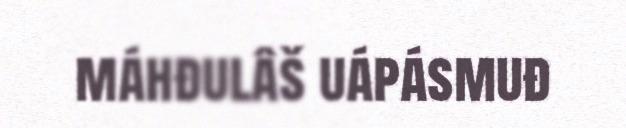
máhđulâš uápásmuđ